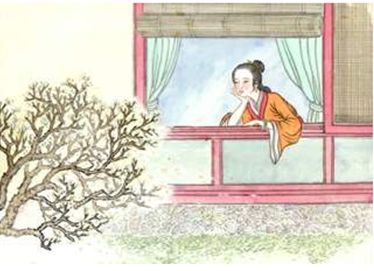
清风明月苦相思，荡子从戎十载馀。